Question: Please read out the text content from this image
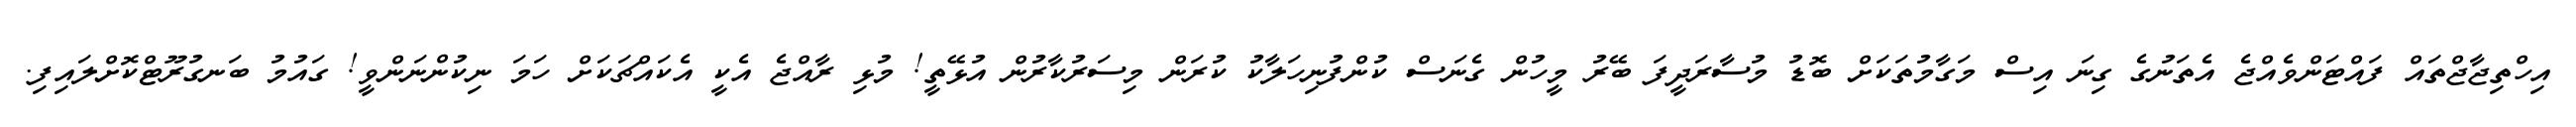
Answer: އިހްތިޖާޖްތައް ފައްޓަންވެއްޖެ އެތަނުގެ ގިނަ އިސް މަގާމުތަކަށް ބޮޑު މުސާރަދީފަ ބޭރު މީހުން ގެނަސް ކުންފުނިހަލާކު ކުރަން މިސަރުކާރުން އުޅޭތީ! މުޅި ރާއްޖެ އެކީ އެކައްޗަކަށް ހަމަ ނިކުންނަންވީ! ގައުމު ބަނގުރޫޓްކޮށްލައިފި.